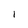
Character: 1